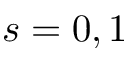
s = 0 , 1